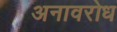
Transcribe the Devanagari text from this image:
अनावरोध